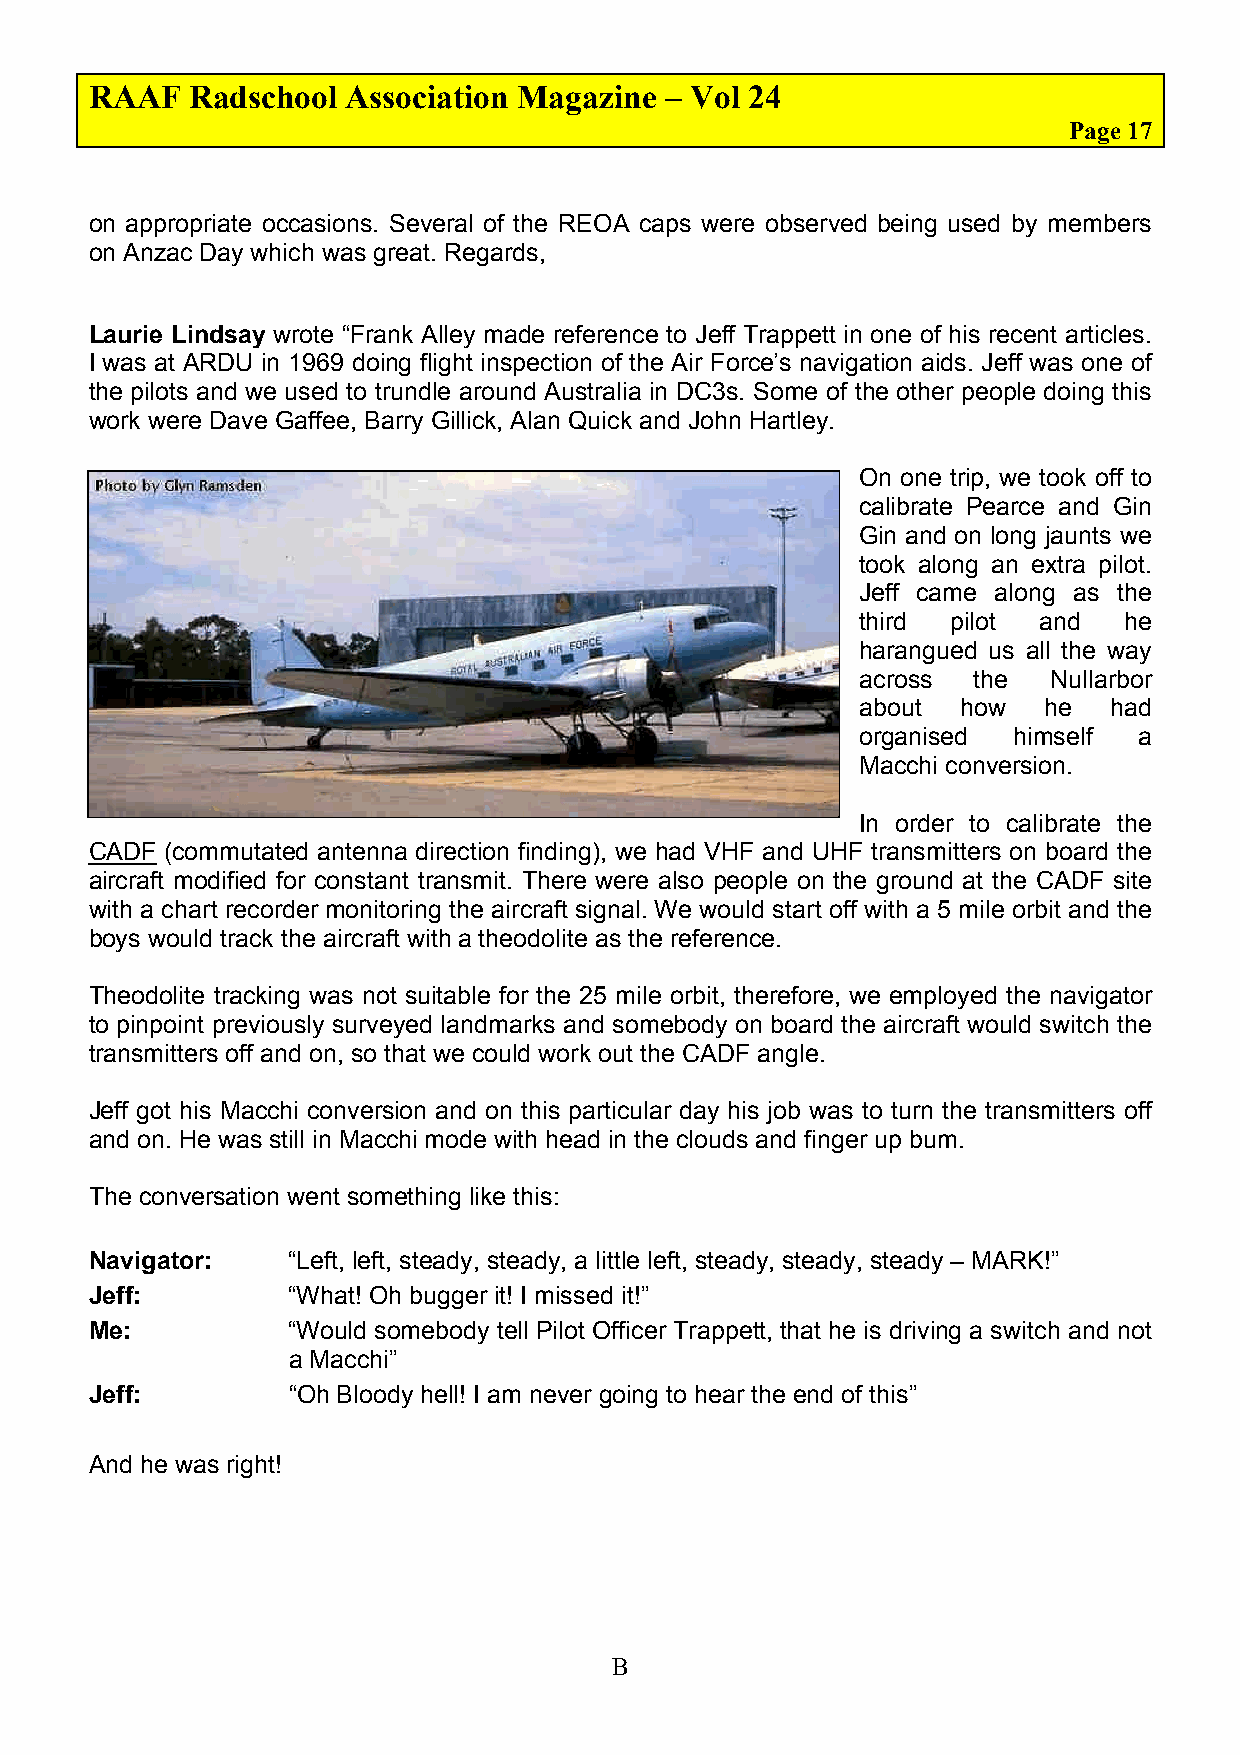
RAAF   Radschool Association Magazine – Vol 24
 Page 17
 on appropriate occasions. Several of the REOA caps were observed being used by members
 on Anzac Day which was great. Regards,
 Laurie Lindsay wrote “Frank Alley made reference to Jeff Trappett in one of his recent articles.
 I was at ARDU in 1969 doing flight inspection of the Air Force’s navigation aids. Jeff was one of
 the pilots and we used to trundle around Australia in DC3s. Some of the other people doing this
 work were Dave Gaffee, Barry Gillick, Alan Quick and John Hartley.
 On one trip, we took off to
 calibrate Pearce and Gin
 Gin and on long jaunts we
 took along an extra pilot.
 Jeff came along as the
 third pilot and  he
 harangued us all the way
 across the   Nullarbor
 about  how  he  had
 organised himself a
 Macchi conversion.
 In order to calibrate the
 CADF (commutated antenna direction finding), we had VHF and UHF transmitters on board the
 aircraft modified for constant transmit. There were also people on the ground at the CADF site
 with a chart recorder monitoring the aircraft signal. We would start off with a 5 mile orbit and the
 boys would track the aircraft with a theodolite as the reference.
 Theodolite tracking was not suitable for the 25 mile orbit, therefore, we employed the navigator
 to pinpoint previously surveyed landmarks and somebody on board the aircraft would switch the
 transmitters off and on, so that we could work out the CADF angle.
 Jeff got his Macchi conversion and on this particular day his job was to turn the transmitters off
 and on. He was still in Macchi mode with head in the clouds and finger up bum.
 The conversation went something like this:
 Navigator:   “Left, left, steady, steady, a little left, steady, steady, steady – MARK!”
 Jeff:        “What! Oh bugger it! I missed it!”
 Me:          “Would somebody tell Pilot Officer Trappett, that he is driving a switch and not
 a Macchi”
 Jeff:        “Oh Bloody hell! I am never going to hear the end of this”
 And he was right!
 B